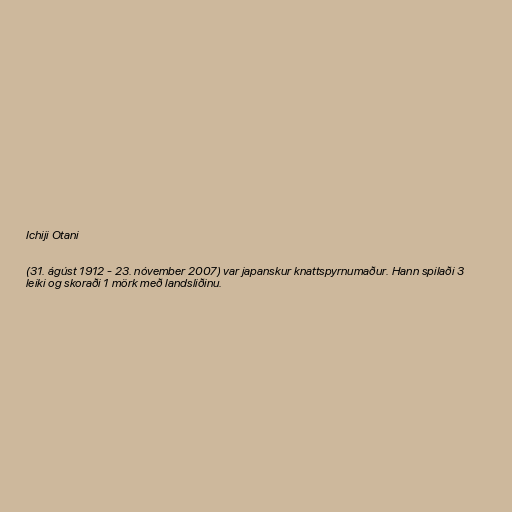
Ichiji Otani

(31. ágúst 1912 - 23. nóvember 2007) var japanskur knattspyrnumaður. Hann spilaði 3
leiki og skoraði 1 mörk með landsliðinu.